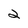
Character: 2